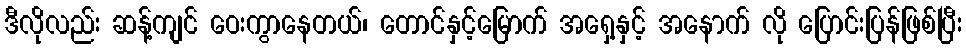
ဒီလိုလည်း ဆန့်ကျင် ဝေးကွာနေတယ်၊ တောင်နှင့်မြောက် အရှေ့နှင့် အနောက် လို ပြောင်းပြန်ဖြစ်ပြီး